Vaike-Kullamaa_(Vaikna)_vallavalitsus, lk 5
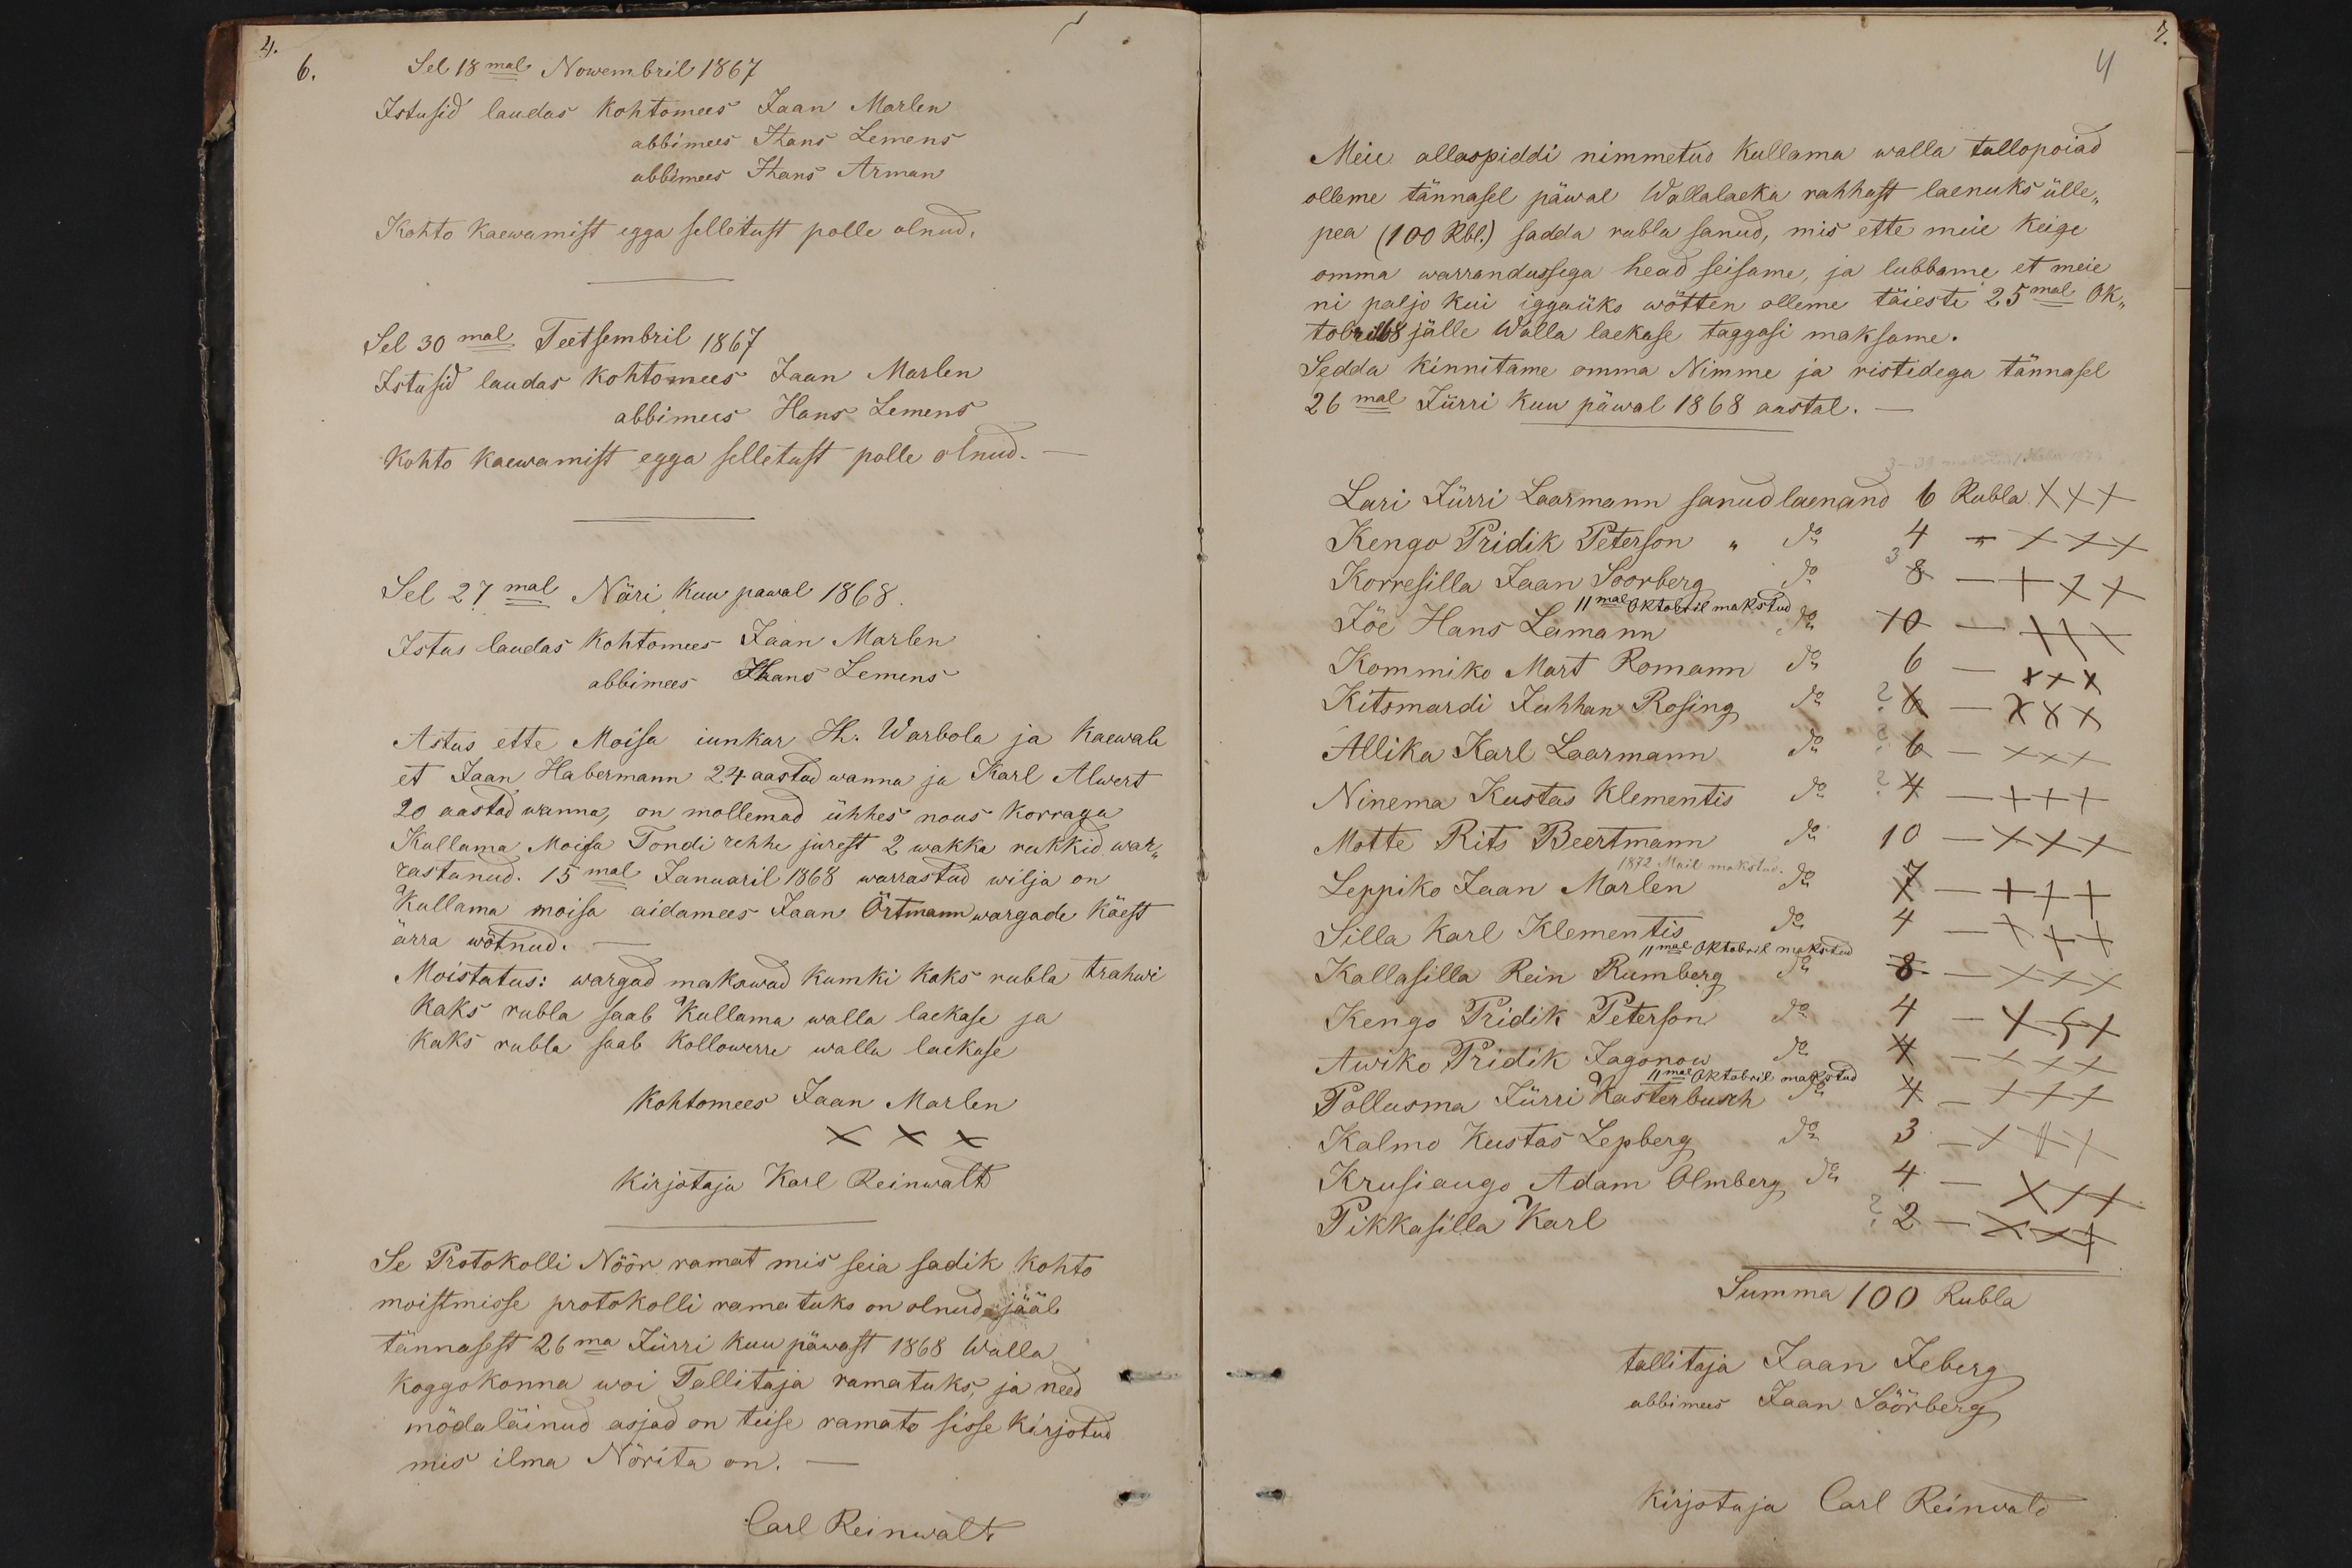
6.

Sel 18mal Nowembril 1867
Istusid laudas kohtomees Jaan Marlen
abbimees Hans Lemens
abbimees Hans Arman
Kohto kaewamist egga selletust polle olnud,
Sel 30mal Teetsembril 1867
Istusid laudas kohtomees Jaan Marlen
abbimees Hans Lemens
Kohto kaewamist egga selletust polle olnud.
Sel 27mal Näri kuu päwal 1868.
Istus laudas kohtomees Jaan Marlen
abbimees Hans Lemens
Astus ette Moisa iunkar H. Warbola ja Kaewab
et Jaan Habermann 24 aastad wanna ja Karl Alwert
20 aastad wanna, on mõllemad ühhes nous korraga
Kullama Moisa Tondi rehhe jurest 2 wakka rukkid war-
rastanud. 15mal Januaril 1868 warrastud wilja on
Kullama moisa aidamees Jaan Örtmann wargade käest
ärra wõtnud.
Moistatus: wargad makswad kumki kaks rubla trahwi
kaks rubla saab Kullama walla laekase ja
kaks rubla saab Kollowerre walla laekase
Kohtomees Jaan Marlen
XXX
Kirjotaja Karl Reinwalt
Se Protokolli Nöör ramat mis seia sadik kohto
moistmisse protokolli ramatuks on olnud jääb
tännasest 26ma Jürri kuu päwast 1868 Walla
koggokonna woi Tallitaja ramatuks, ja need
möda läinud asjad on teise ramato sisse kirjotud
mis ilma Nörita on.
Carl Reinwalt

4
Meie allaspiddi nimmetud Kullama walla tallopoiad
olleme tännasel päwal Wallalaeka rahhast laenuks ülle.
pea (100 Rbl.) sadda rubla sanud, mis ette meie keige
omma warrandussega head seisame, ja lubbame et meie
ni paljo kui iggaüks wötten olleme täiesti 25mal Ok-
tobril 68 jälle Walla laekase taggasi maksame.
Sedda kinnitame omma Nimme ja ristidega tännasel
26mal Jürri kuu päwal 1868 aastal.
Lari Jürri Laarmann sanud laenand 6 Rubla XXX
Kengo Priidik Peterson " do  4 - +++
Korresilla Jaan Loorberg do 8 - +++
Jõe Hans Leemann do 10 - xxx
11mal Oktobril makstud
Kommiko Mart Romann do 6 - XXX
Kitsmardi Juhhan Rosing do ?6 - XXX
Allika Karl Laarmann do ?6 - +++
Ninema Kustas Klementis do ?4 - +++
Motte Rits Beertmann do 10 - +++
Leppiko Jaan Marlen do  7 XXX
Silla Karl Klementis do 4 - +++
11mal oktobril makstud
Kallasilla Rein Rumberg do 8 - +++
Kengo Pridik Peterson do 4 - xxx
Pollusma Jürri Kasterbusch do 4 -+++
Awiko Pridik Jagonow do.4 - +++
Kalmo Kustas Lepberg do. 3 - xxx
Krusiaugo Adam Olmberg do 4 - XXX
Pikkasilla Karl ?2 - XXX
Summa 100 Rubla
tallitaja Jaan Jeberg
abbimees Jaan Söörberg
Kirjotaja Carl Reinwald